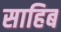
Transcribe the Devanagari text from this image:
साहिब